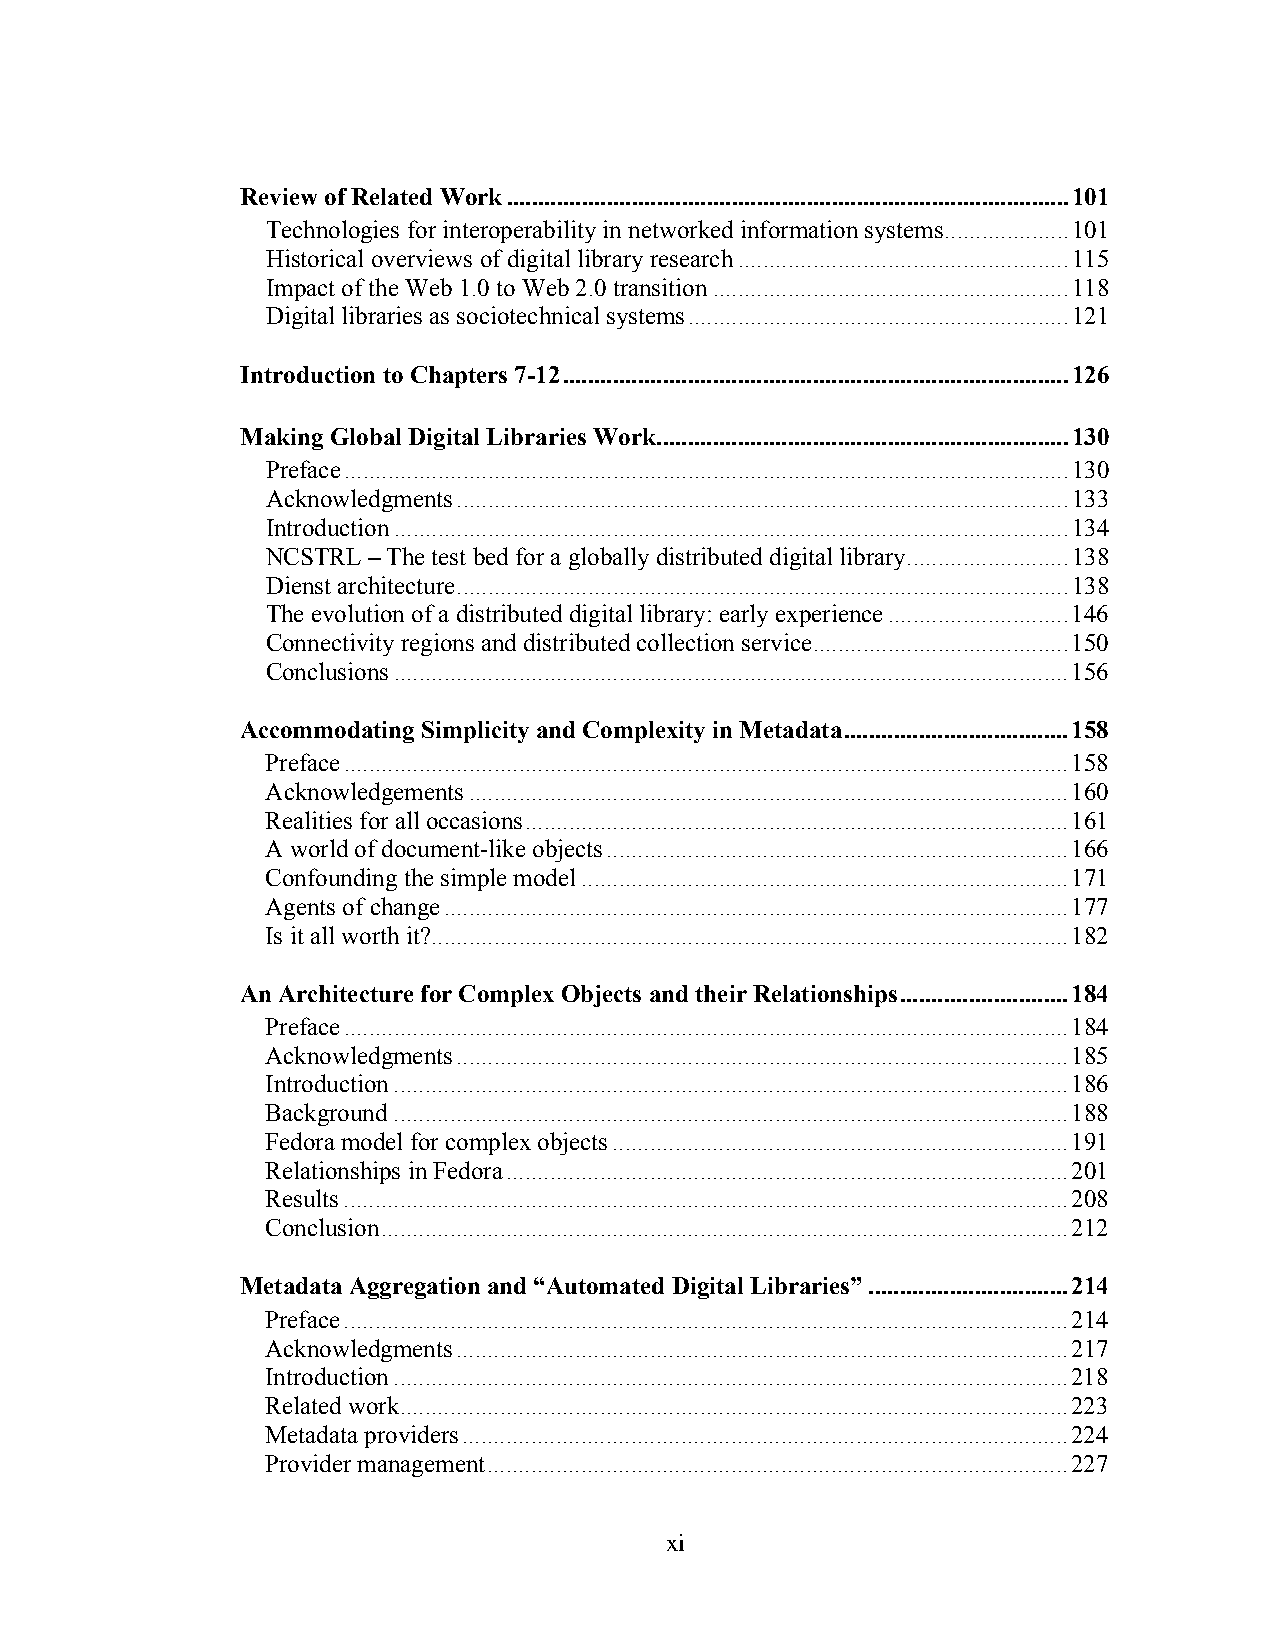
Review of Related Work..........................................................................................101
 Technologies for interoperability in networked information systems....................101
 Historical overviews of digital library research.....................................................115
 Impact of the Web 1.0 to Web 2.0 transition.........................................................118
 Digital libraries as sociotechnical systems.............................................................121
 Introduction to Chapters 7-12.................................................................................126
 Making Global Digital Libraries Work..................................................................130
 Preface....................................................................................................................130
 Acknowledgments..................................................................................................133
 Introduction............................................................................................................134
 NCSTRL – The test bed for a globally distributed digital library..........................138
 Dienst architecture..................................................................................................138
 The evolution of a distributed digital library: early experience.............................146
 Connectivity regions and distributed collection service.........................................150
 Conclusions............................................................................................................156
 Accommodating Simplicity and Complexity in Metadata....................................158
 Preface....................................................................................................................158
 Acknowledgements................................................................................................160
 Realities for all occasions.......................................................................................161
 A world of document-like objects..........................................................................166
 Confounding the simple model..............................................................................171
 Agents of change....................................................................................................177
 Is it all worth it?......................................................................................................182
 An Architecture for Complex Objects and their Relationships...........................184
 Preface....................................................................................................................184
 Acknowledgments..................................................................................................185
 Introduction............................................................................................................186
 Background............................................................................................................188
 Fedora model for complex objects.........................................................................191
 Relationships in Fedora..........................................................................................201
 Results....................................................................................................................208
 Conclusion..............................................................................................................212
 Metadata Aggregation and “Automated Digital Libraries”................................214
 Preface....................................................................................................................214
 Acknowledgments..................................................................................................217
 Introduction............................................................................................................218
 Related work...........................................................................................................223
 Metadata providers.................................................................................................224
 Provider management.............................................................................................227
 xi